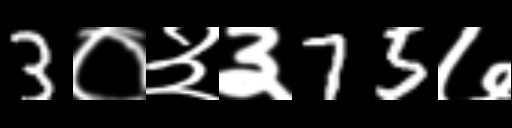
Text: 3०३३75७